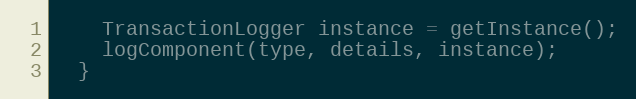
Language: Java
    TransactionLogger instance = getInstance();
    logComponent(type, details, instance);
  }